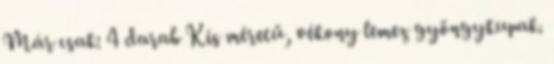
Már csak: 4 darab Kis méretű, vékony lemez gyöngykupak.